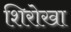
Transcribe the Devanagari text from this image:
शिरोखा